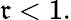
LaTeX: \mathfrak{r}<1.